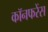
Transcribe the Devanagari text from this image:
कॉनफरेंस